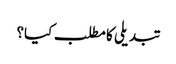
تبدیلی کا مطلب کیا؟